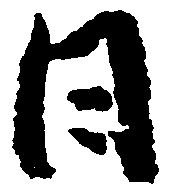
日